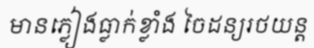
មានភ្លៀងធ្លាក់ខ្លាំង ចៃដន្យរថយន្ត